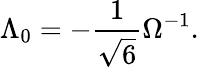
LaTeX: \Lambda_{0}=-\frac{1}{\sqrt{6}}\Omega^{-1}.